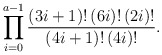
\begin{align*} \prod _{i=0} ^{a-1}\frac {(3i+1)!\,(6i)!\,(2i)!} {(4i+1)!\,(4i)!}. \end{align*}